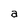
Character: a